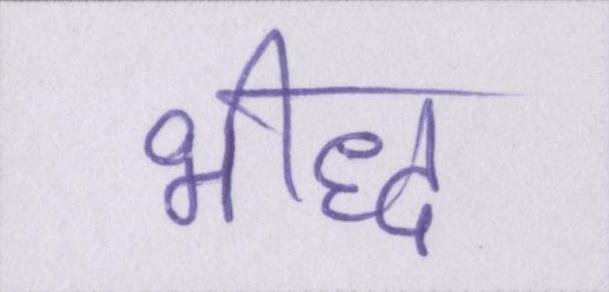
भीद्ध